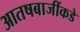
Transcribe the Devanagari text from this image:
आतषबाजींकडे